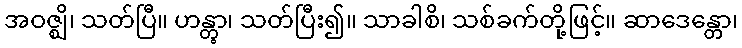
အဝဇ္ဈိ၊ သတ်ပြီ။ ဟန္တွာ၊ သတ်ပြီး၍။ သာခါစိ၊ သစ်ခက်တို့ဖြင့်။ ဆာဒေန္တော၊